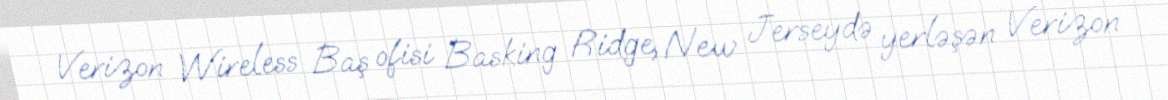
Verizon Wireless Baş ofisi Basking Ridge, New Jerseydə yerləşən Verizon